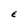
Character: E